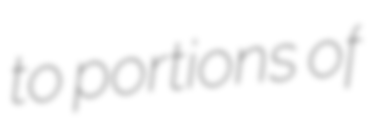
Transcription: to portions of